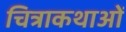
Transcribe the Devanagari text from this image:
चित्राकथाओं